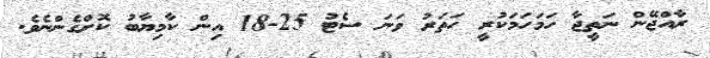
ރާއްޖޭން ނަތީޖާ ހަމަހަމަކުރީ ހަތަރު ވަނަ ސެޓު 25-18 އިން ކާމިޔާބު ކޮށްގެންނެވެ.